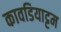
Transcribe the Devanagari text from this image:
कावडियाट्टम